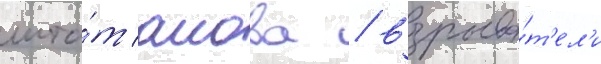
шта́т аиова / взрыва́т'ел'и